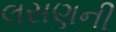
લસણની